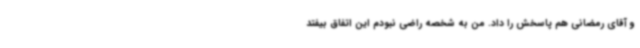
و آقای رمضانی هم پاسخش را داد. من به شخصه راضی نبودم این اتفاق بیفتد